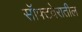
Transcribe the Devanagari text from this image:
सॉफ्टवेरातील